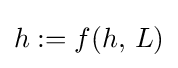
h:=f(h,\,L)